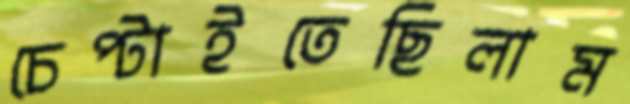
চেপ্‌টাইতেছিলাম